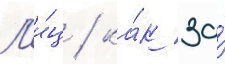
Л'и́ц / ка́к за́